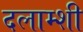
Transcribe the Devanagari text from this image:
दलाम्शी